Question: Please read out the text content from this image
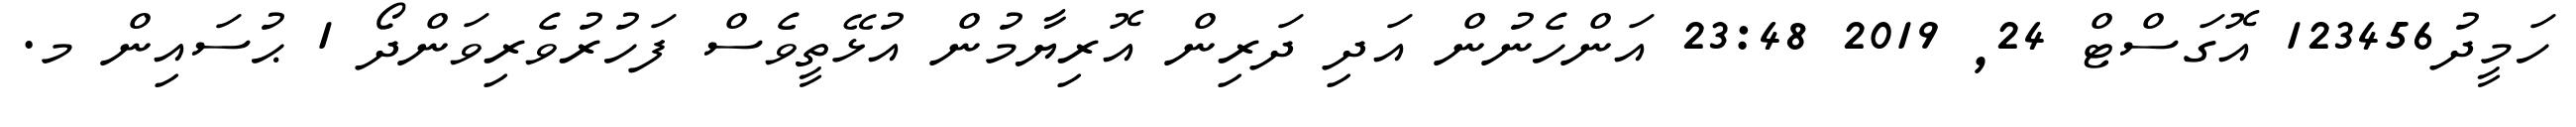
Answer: ހަމީދު123456 އޮގަސްޓް 24, 2019 23:48 އަންހެނުން އަދި ދަރިން އޮރިޔާމުން އުޅޭތީވެސް ފަހުރުވެރިވަންދޯ 1 ޙުސައިން މ.